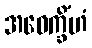
အဝေက္ခိံဟံ